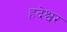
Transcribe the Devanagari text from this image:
हदेश्वर